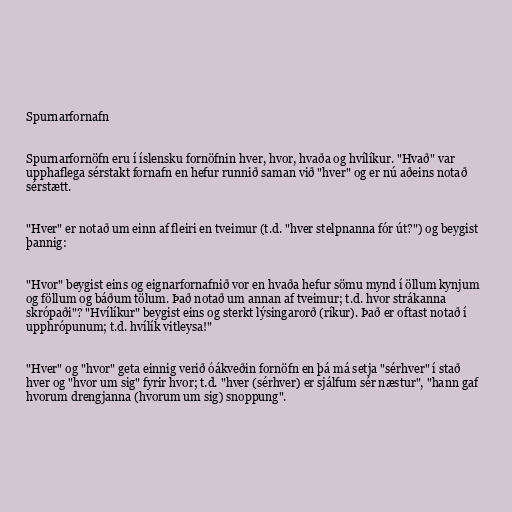
Spurnarfornafn

Spurnarfornöfn eru í íslensku fornöfnin hver, hvor, hvaða og hvílíkur. "Hvað" var
upphaflega sérstakt fornafn en hefur runnið saman við "hver" og er nú aðeins notað
sérstætt.

"Hver" er notað um einn af fleiri en tveimur (t.d. "hver stelpnanna fór út?") og beygist
þannig:

"Hvor" beygist eins og eignarfornafnið vor en hvaða hefur sömu mynd í öllum kynjum
og föllum og báðum tölum. Það notað um annan af tveimur; t.d. hvor strákanna
skrópaði"? "Hvílíkur" beygist eins og sterkt lýsingarorð (ríkur). Það er oftast notað í
upphrópunum; t.d. hvílík vitleysa!"

"Hver" og "hvor" geta einnig verið óákveðin fornöfn en þá má setja "sérhver" í stað
hver og "hvor um sig" fyrir hvor; t.d. "hver (sérhver) er sjálfum sér næstur", "hann gaf
hvorum drengjanna (hvorum um sig) snoppung".